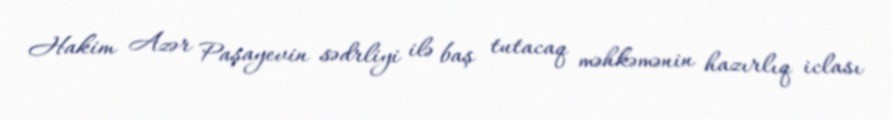
Hakim Azər Paşayevin sədrliyi ilə baş tutacaq məhkəmənin hazırlıq iclası